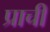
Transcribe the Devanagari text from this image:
प्राचीं